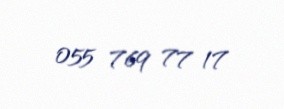
055 769 77 17